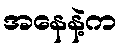
အနေနဲ့က